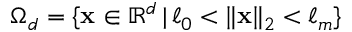
\Omega _ { d } = \{ \mathbf { x } \in \mathbb { R } ^ { d } \, | \, \ell _ { 0 } < \| \mathbf { x } \| _ { 2 } < \ell _ { m } \}